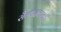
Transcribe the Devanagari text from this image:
सैन्यदलातर्फे